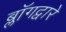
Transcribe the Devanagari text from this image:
ब्लॉगद्वारे